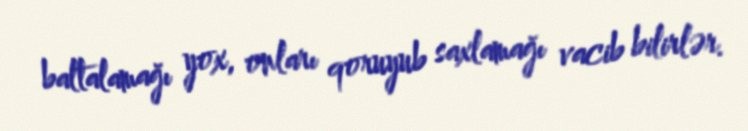
baltalamağı yox, onları qoruyub saxlamağı vacib bilirlər.